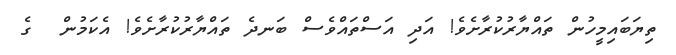
ތިޔަބައިމީހުން ތައްޔާރުކުރާށެވެ! އަދި އަސްތައްވެސް ބަނދެ ތައްޔާރުކުރާށެވެ! އެކަމުން  ގެ